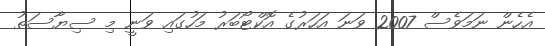
އެހެން ނަމަވެސް 2007 ވަނަ އަހަރުގެ އޮކްޓޯބަރު މަހުގައި ވަނީ މި ސިޔާސަތު